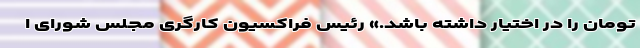
تومان را در اختیار داشته باشد.» رئیس فراکسیون کارگری مجلس شورای ا